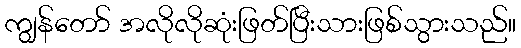
ကျွန်တော် အလိုလိုဆုံးဖြတ်ပြီးသားဖြစ်သွားသည်။